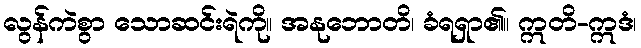
လွန်ကဲစွာ သောဆင်းရဲကို။ အနုဘောတိ၊ ခံရရှာ၏။ ဣတိ-ဣဒံ၊